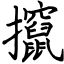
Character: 攛